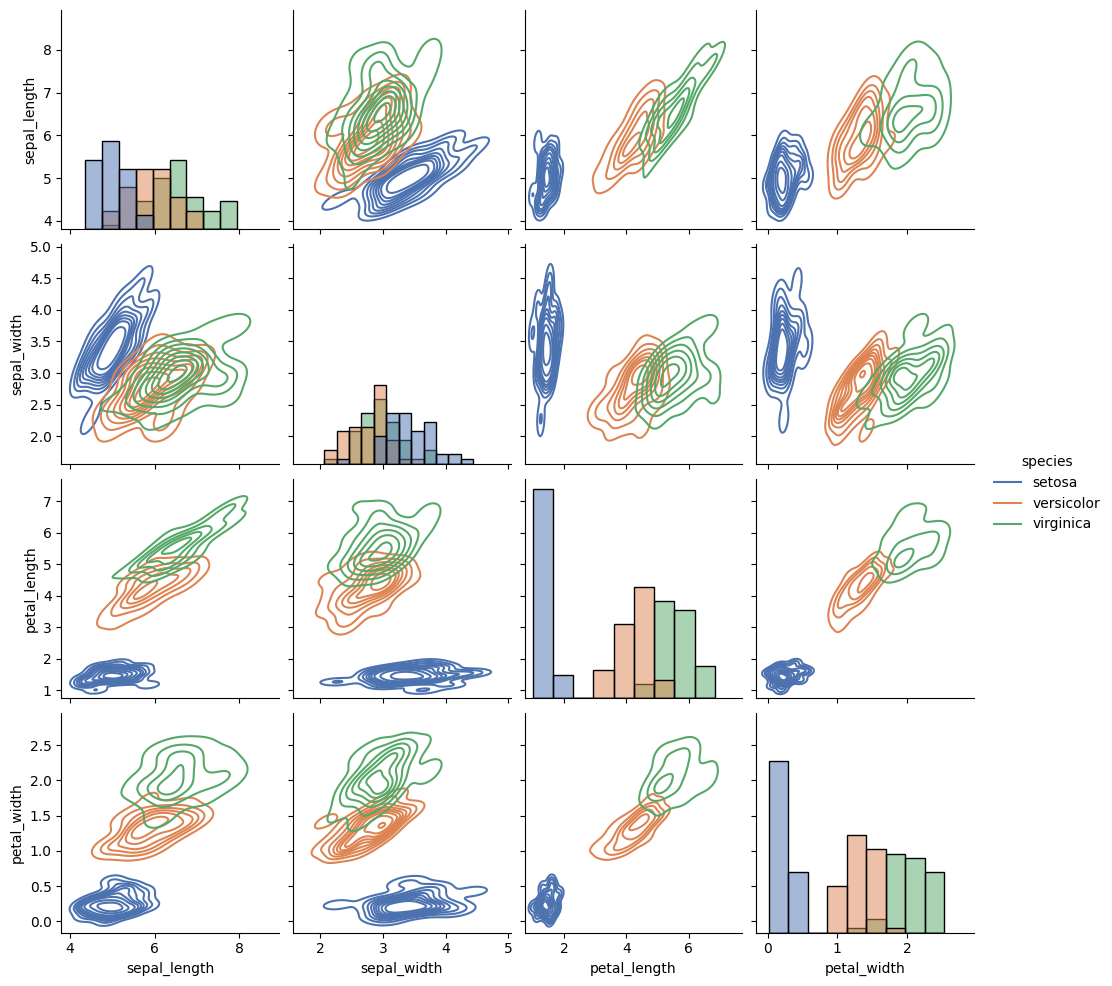
python, seaborn, pairplot, palette='deep', markers=['o'], kind='kde', diag_kind='hist'